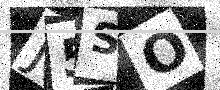
Text: J5SO